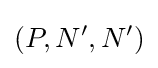
(P,N',N')